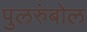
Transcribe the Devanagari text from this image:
पुलरुंबोल